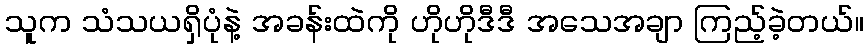
သူက သံသယရှိပုံနဲ့ အခန်းထဲကို ဟိုဟိုဒီဒီ အသေအချာ ကြည့်ခဲ့တယ်။